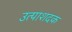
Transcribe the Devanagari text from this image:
उत्पाशदक